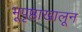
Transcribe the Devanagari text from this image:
भूपृष्ठाखालून